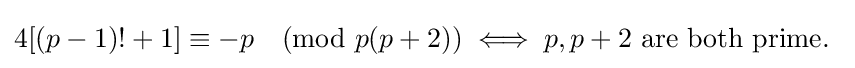
4[(p-1)!+1]\equiv -p{\pmod {p(p+2)}}\iff p,p+2{\text{ are both prime. }}